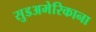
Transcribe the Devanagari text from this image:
सुडअमेरिकाना